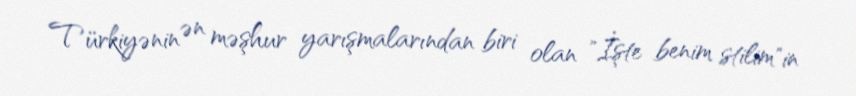
Türkiyənin ən məşhur yarışmalarından biri olan "İşte benim stilim"in